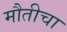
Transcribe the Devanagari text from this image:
मौतीचा